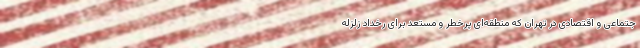
جتماعی و اقتصادی در تهران که منطقه‌ای پرخطر و مستعد برای رخداد زلزله